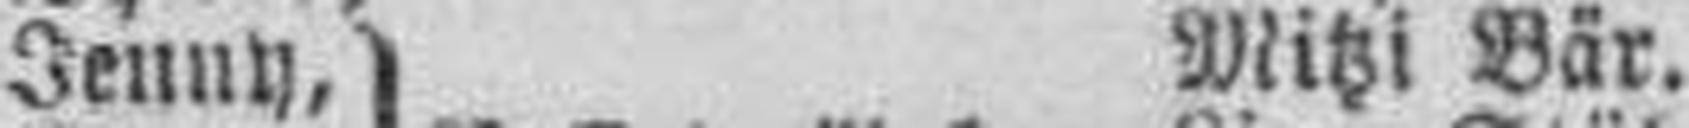
Jenny, Balletmädchen Mitzi Bär.